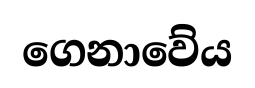
ගෙනාවේය